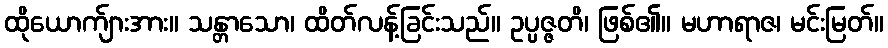
ထိုယောက်ျားအား။ သန္တာသော၊ ထိတ်လန့်ခြင်းသည်။ ဥပ္ပဇ္ဇတိ၊ ဖြစ်၏။ မဟာရာဇ၊ မင်းမြတ်။